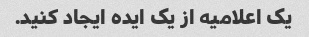
یک اعلامیه از یک ایده ایجاد کنید.